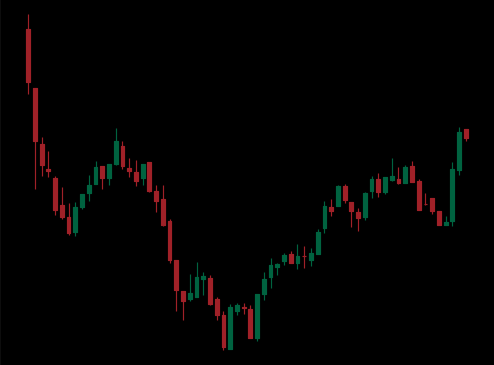
Pattern: inverse_head_shoulders